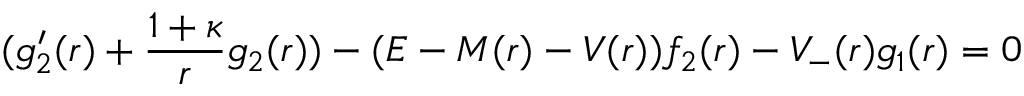
( g _ { 2 } ^ { \prime } ( r ) + \frac { 1 + \kappa } { r } g _ { 2 } ( r ) ) - ( E - M ( r ) - V ( r ) ) f _ { 2 } ( r ) - V _ { - } ( r ) g _ { 1 } ( r ) = 0